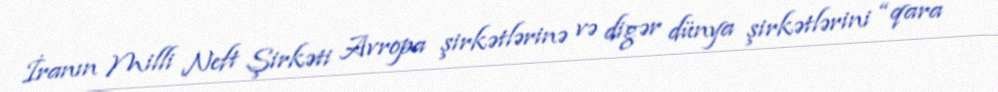
İranın Milli Neft Şirkəti Avropa şirkətlərinə və digər dünya şirkətlərini “qara